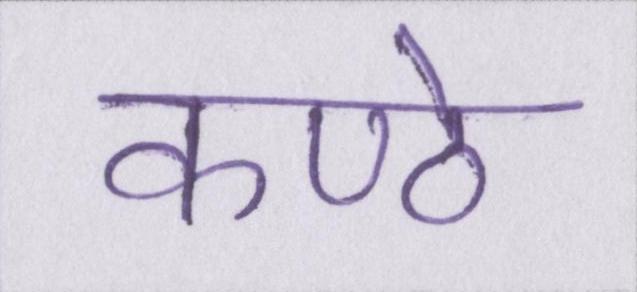
कण्ठे